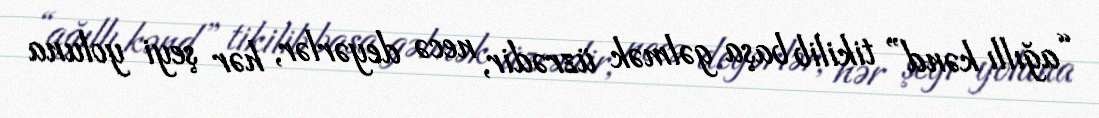
“ağıllı kənd” tikilib başa gəlmək üzrədir, necə deyərlər, hər şeyi yoluna